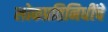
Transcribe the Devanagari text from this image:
लोकप्रतिनिधींचे